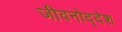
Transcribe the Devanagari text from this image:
जीवनोद्देश